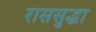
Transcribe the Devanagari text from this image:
राससुद्धा